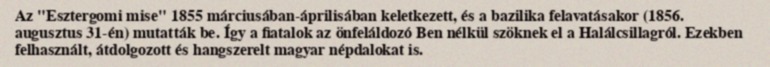
Az "Esztergomi mise" 1855 márciusában-áprilisában keletkezett, és a bazilika felavatásakor (1856. augusztus 31-én) mutatták be. Így a fiatalok az önfeláldozó Ben nélkül szöknek el a Halálcsillagról. Ezekben felhasznált, átdolgozott és hangszerelt magyar népdalokat is.